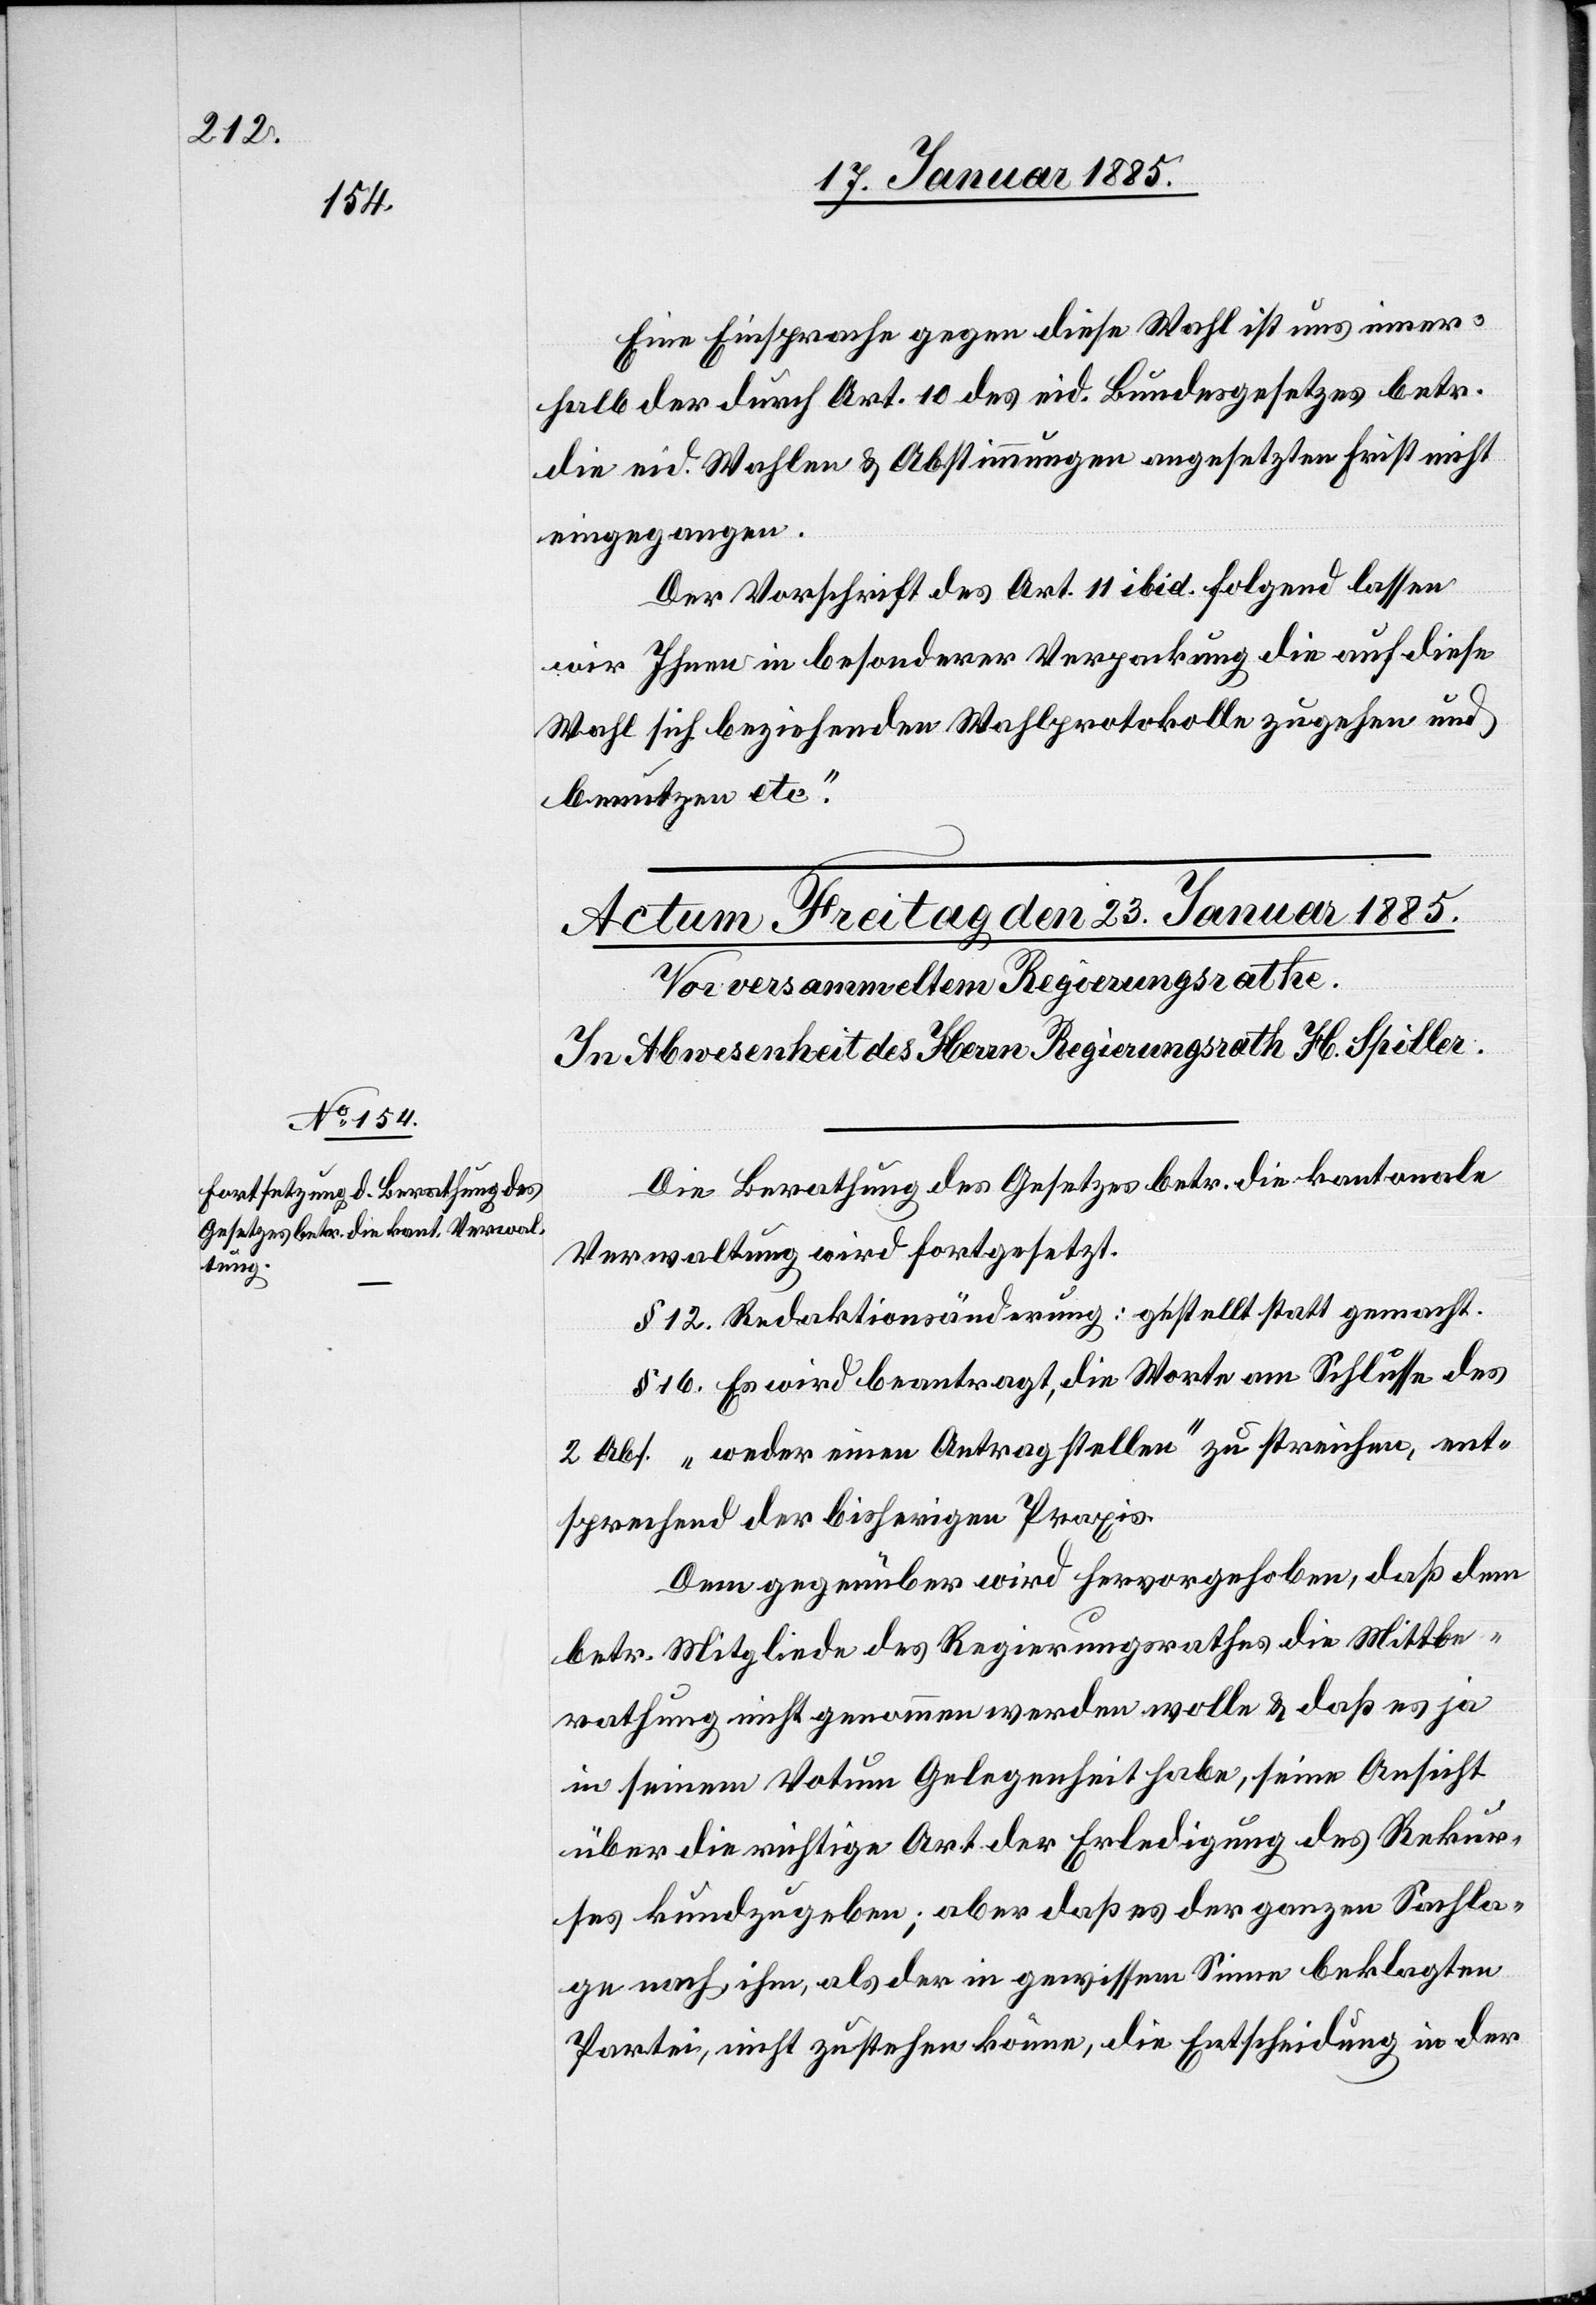
Eine Einsprache gegen diese Wahl ist uns inner¬
halb der durch Art. 10 des eid. Bundesgesetzes betr.
die eid. Wahlen & Abstimmungen angesetzten Frist nicht
eingegangen.
Der Vorschrift des Art. 11 ibid. folgend lassen
wir Ihnen in besonderer Verpackung die auf diese
Wahl sich beziehenden Wahlprotokolle zugehen und
benutzen etc.“
Die Berathung des Gesetzes betr. die kantonale
Verwaltung wird fortgesetzt.
§ 12. Redaktionsänderung: gestellt statt gemacht.
§ 16. Es wird beantragt, die Worte am Schlusse des
2 Abs. „weder einen Antrag stellen“ zu streichen, ent¬
sprechend der bisherigen Praxis.
Dem gegenüber wird hervorgehoben, daß dem
betr. Mitgliede des Regierungsrathes die Mitbe¬
rathung nicht genommen werden wolle & daß es ja
in seinem Votum Gelegenheit habe, seine Ansicht
über die richtige Art der Erledigung des Rekur¬
ses kundzugeben; aber daß es der ganzen Sachla¬
ge nach ihm, als der in gewissem Sinne beklagten
Partei, nicht zustehen könne, die Entscheidung in der